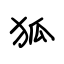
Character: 狐